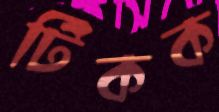
টিকক